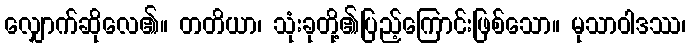
လျှောက်ဆိုလေ၏။ တတိယာ၊ သုံးခုတို့၏ပြည့်ကြောင်းဖြစ်သော။ မုသာဝါဒဿ၊